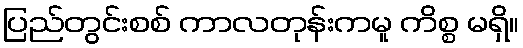
ပြည်တွင်းစစ် ကာလတုန်းကမူ ကိစ္စ မရှိ။